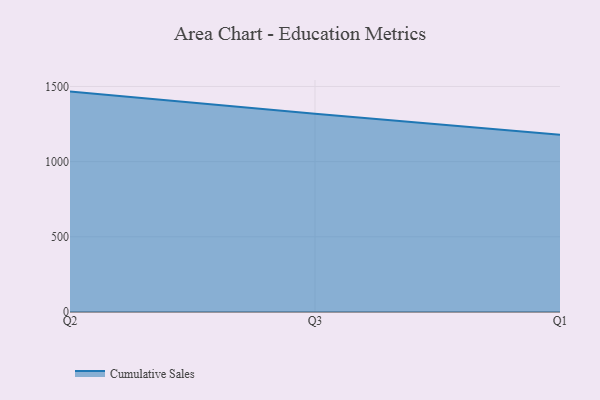
{"axis": {"x": "Quarter", "y": "Conversion Rate (%)"}, "legend": ["Cumulative Sales"], "data": [{"x": "Q2", "y": 1465.8, "type": "Cumulative Sales"}, {"x": "Q3", "y": 1318.4, "type": "Cumulative Sales"}, {"x": "Q1", "y": 1178.1, "type": "Cumulative Sales"}]}